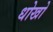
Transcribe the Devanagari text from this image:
धोखो